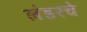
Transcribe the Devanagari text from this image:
लंडरचे